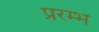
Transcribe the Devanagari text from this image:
प्ररम्भ